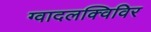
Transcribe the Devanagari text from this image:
ग्वादलक्विविर